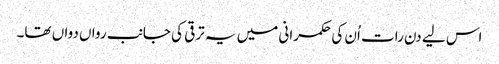
اس لیے دن رات اُن کی حکمرانی میں یہ ترقی کی جانب رواں دواں تھا۔